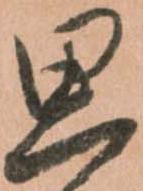
思